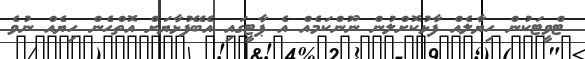
ޓްވީޓަކުން ހިޔާލެއް ފާޅުކޮށްލުން ނޫންކަމެއް އެ ޕާޓީގައި އެބޭފުޅާޔަށް އޮތްހެން ހިޔެއް ނުވެ